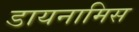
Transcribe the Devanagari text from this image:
डायनामिस